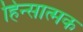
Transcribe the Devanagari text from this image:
हिन्सात्मक